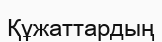
Құжаттардың